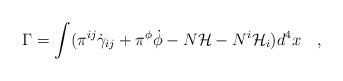
\begin{align*}\Gamma=\int(\pi^{ij}\dot\gamma_{ij}+\pi^{\phi}\dot\phi-N{\mathcal{H}}-N^{i}{\mathcal{H}}_{i})d^{4}x ~~~,\end{align*}